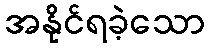
အနိုင်ရခဲ့သော